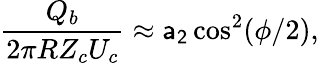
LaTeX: \frac{Q_{b}}{2\pi RZ_{c}U_{c}}\approx\mathsf{a_{2}}\cos^{2}(\phi/2),